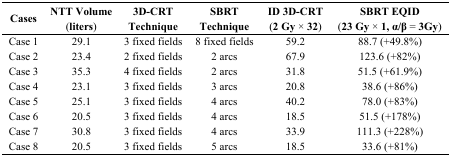
| <ROWSPAN=2> Cases | NTT Volume | 3D-CRT | SBRT | ID 3D-CRT | SBRT EQID |
 | (liters) | Technique | Technique | (2 Gy × 32) | (23 Gy × 1, α/β = 3Gy) |
 | --- | --- | --- | --- | --- | --- |
 | Case 1 | 29.1 | 3 fixed fields | 8 fixed fields | 59.2 | 88.7 (+49.8%) |
 | Case 2 | 23.4 | 2 fixed fields | 2 arcs | 67.9 | 123.6 (+82%) |
 | Case 3 | 35.3 | 4 fixed fields | 2 arcs | 31.8 | 51.5 (+61.9%) |
 | Case 4 | 23.1 | 3 fixed fields | 3 arcs | 20.8 | 38.6 (+86%) |
 | Case 5 | 25.1 | 3 fixed fields | 4 arcs | 40.2 | 78.0 (+83%) |
 | Case 6 | 20.5 | 3 fixed fields | 4 arcs | 18.5 | 51.5 (+178%) |
 | Case 7 | 30.8 | 3 fixed fields | 4 arcs | 33.9 | 111.3 (+228%) |
 | Case 8 | 20.5 | 3 fixed fields | 5 arcs | 18.5 | 33.6 (+81%) |